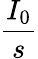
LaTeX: \frac{I_{0}}{s}